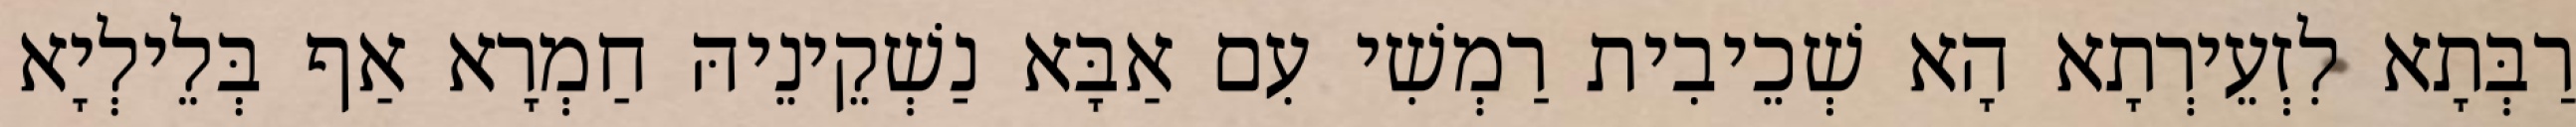
רַבְּתָא לִזְעֵירְתָא הָא שְׁכֵיבִית רַמְשִׁי עִם אַבָּא נַשְׁקֵינֵיהּ חַמְרָא אַף בְּלֵילְיָא